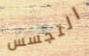
التجسس